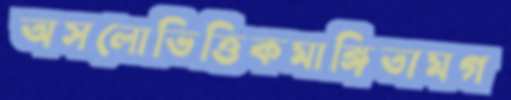
অসলোভিত্তিকমাঙ্গিতামগ